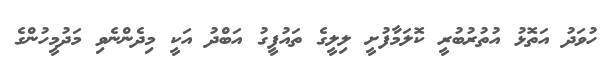
ހުވަދު އަތޮޅު އުތުރުބުރީ ކޮލަމާފުށީ ލިލީގެ ތައުފީގު އަބްދު އަކީ މިދެންނެވި މަދުމީހުންގެ